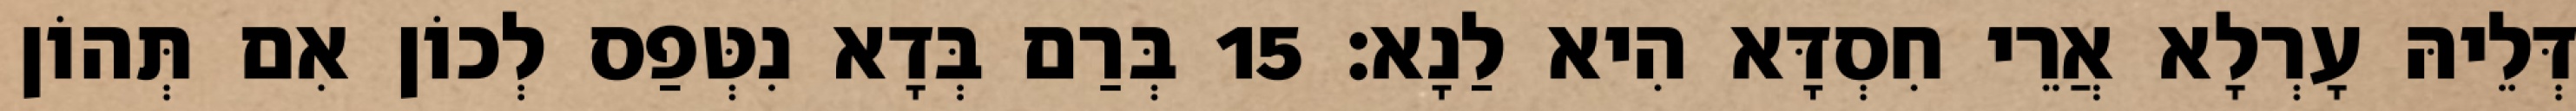
דְּלֵיהּ עָרְלָא אֲרֵי חִסְדָּא הִיא לַנָא׃ 15 בְּרַם בְּדָא נִטְּפַס לְכוֹן אִם תְּהוֹן